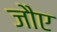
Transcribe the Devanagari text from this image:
जौए